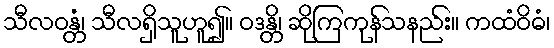
သီလဝန္တံ၊ သီလရှိသူဟူ၍။ ဝဒန္တိ၊ ဆိုကြကုန်သနည်း။ ကထံဝိဓံ၊